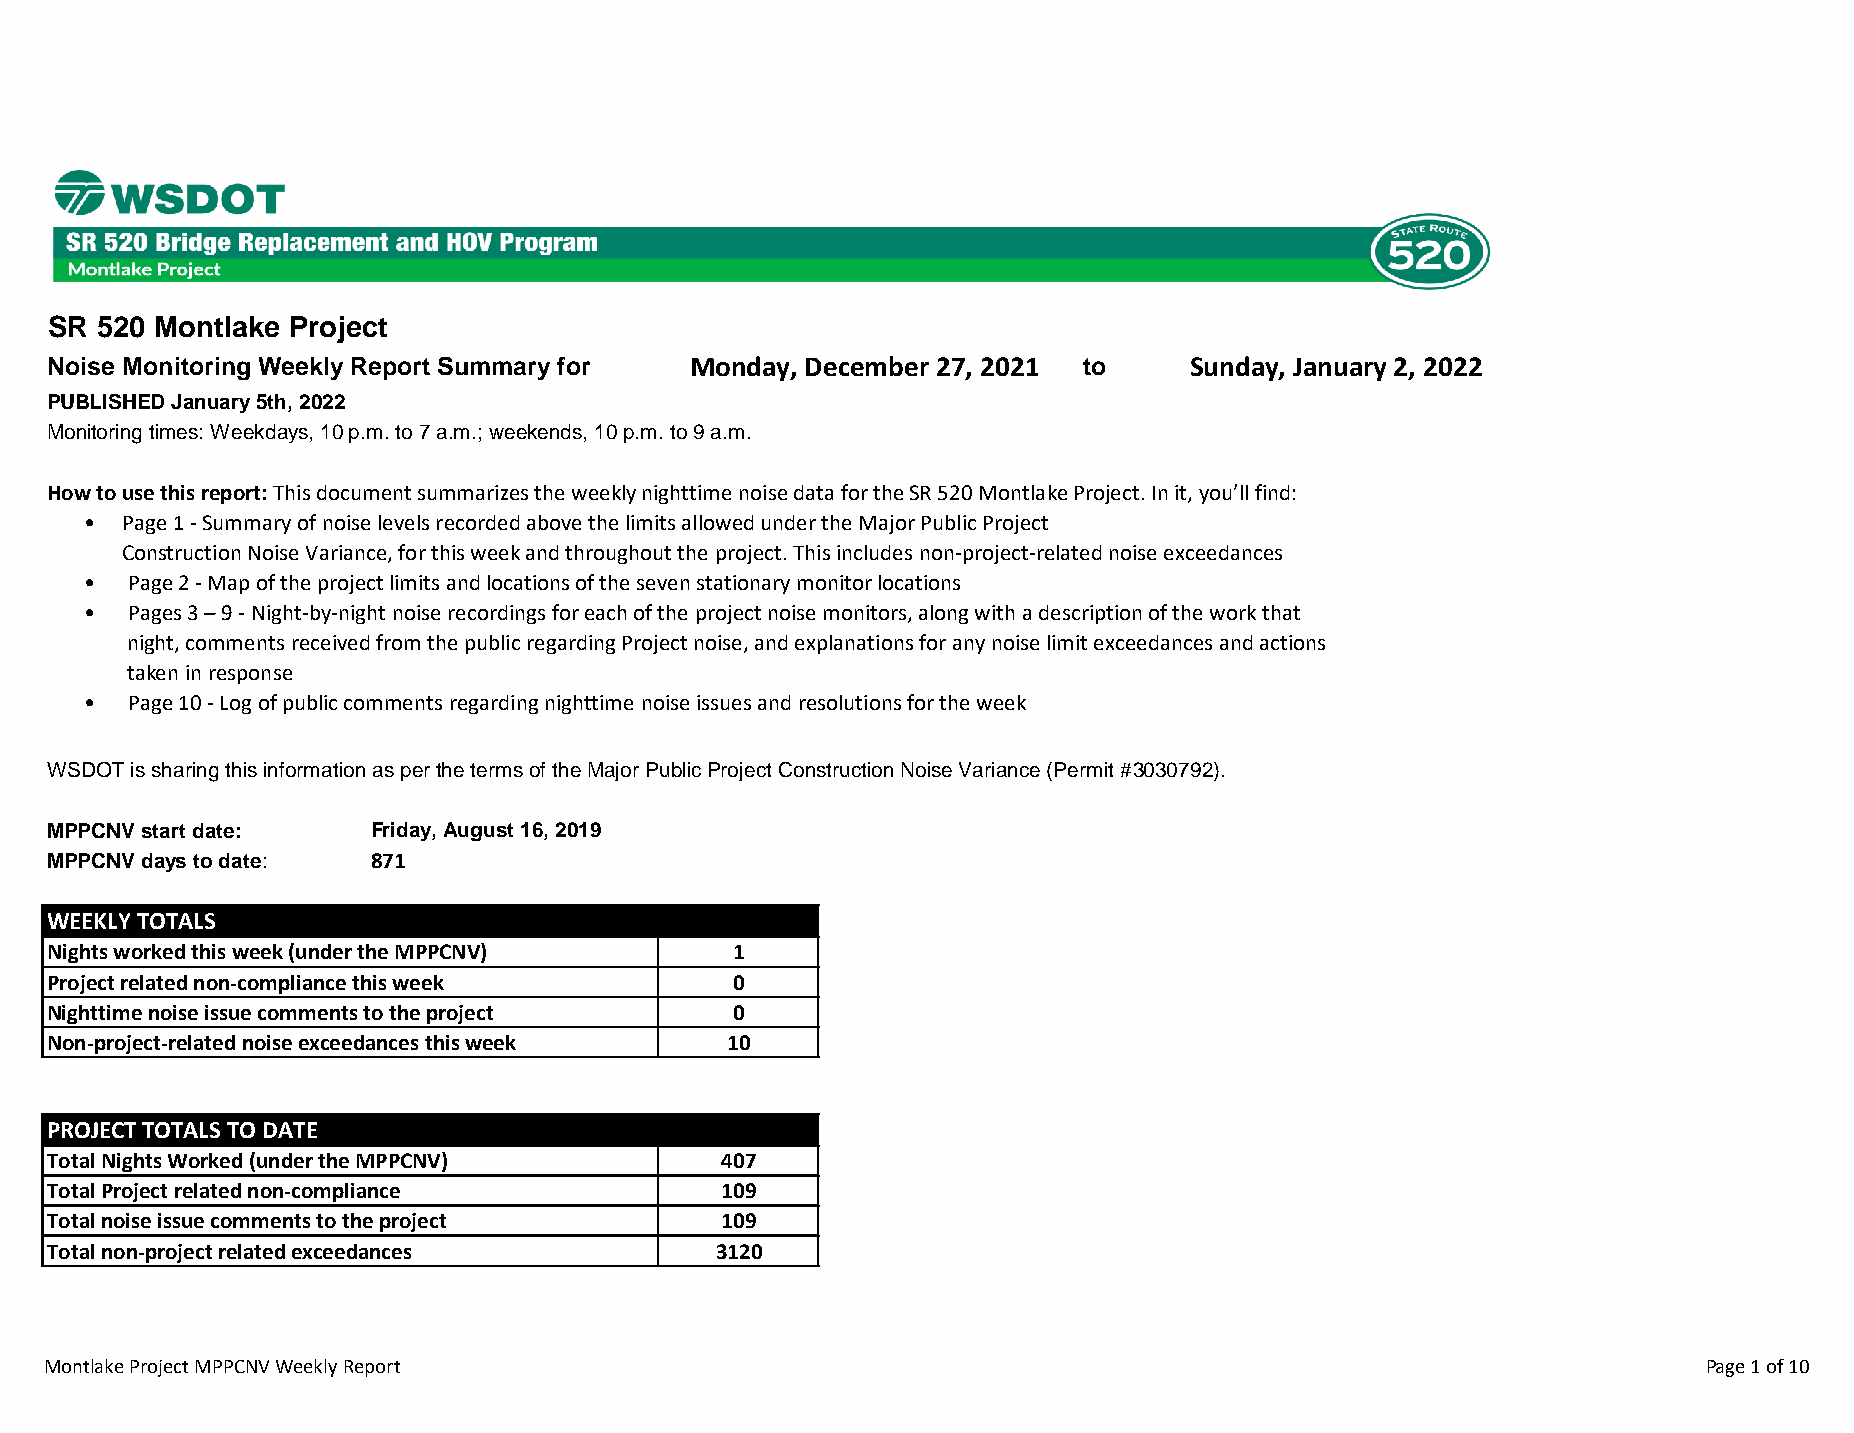
SR 520 Montlake Project
 Noise Monitoring Weekly Report Summary for Monday, December 27, 2021 to     Sunday, January 2, 2022
 PUBLISHED January 5th, 2022
 Monitoring times: Weekdays, 10 p.m. to 7 a.m.; weekends, 10 p.m. to 9 a.m.
 How to use this report: This document summarizes the weekly nighttime noise data for the SR 520 Montlake Project. In it, you’ll find:
 • Page 1 ‐ Summary of noise levels recorded above the limits allowed under the Major Public Project
 Construction Noise Variance, for this week and throughout the project. This includes non‐project‐related noise exceedances
 • Page 2 ‐ Map of the project limits and locations of the seven stationary monitor locations
 • Pages 3 – 9 ‐ Night‐by‐night noise recordings for each of the project noise monitors, along with a description of the work that
 night, comments received from the public regarding Project noise, and explanations for any noise limit exceedances and actions
 taken in response
 • Page 10 ‐ Log of public comments regarding nighttime noise issues and resolutions for the week
 WSDOT is sharing this information as per the terms of the Major Public Project Construction Noise Variance (Permit #3030792).
 MPPCNV start date:    Friday, August 16, 2019
 MPPCNV days to date:  871
 WEEKLY TOTALS
 Nights worked this week (under the MPPCNV)    1
 Project related non-compliance this week      0
 Nighttime noise issue comments to the project 0
 Non-project-related noise exceedances this week 10
 PROJECT TOTALS TO DATE
 Total Nights Worked (under the MPPCNV)       407
 Total Project related non-compliance         109
 Total noise issue comments to the project    109
 Total non-project related exceedances       3120
 Montlake Project MPPCNV Weekly Report                                                                         Page 1 of 10